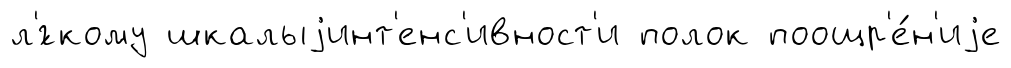
л'́гкому шкалыjинт'енс'ивност'и полок поощр'е́н'иjе